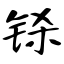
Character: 铩